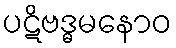
ပဋိဗဒ္ဓမနောဝ